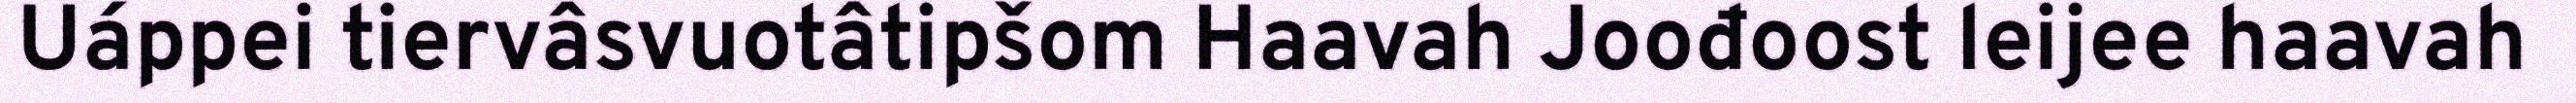
Uáppei tiervâsvuotâtipšom Haavah Joođoost leijee haavah